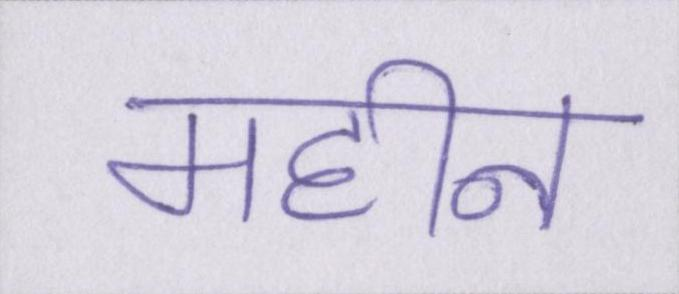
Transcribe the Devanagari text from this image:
महीन